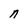
Character: N